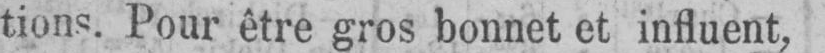
tions. Pour être gros bonnet et influent,